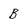
Character: b